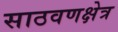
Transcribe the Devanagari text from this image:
साठवणक्षेत्र